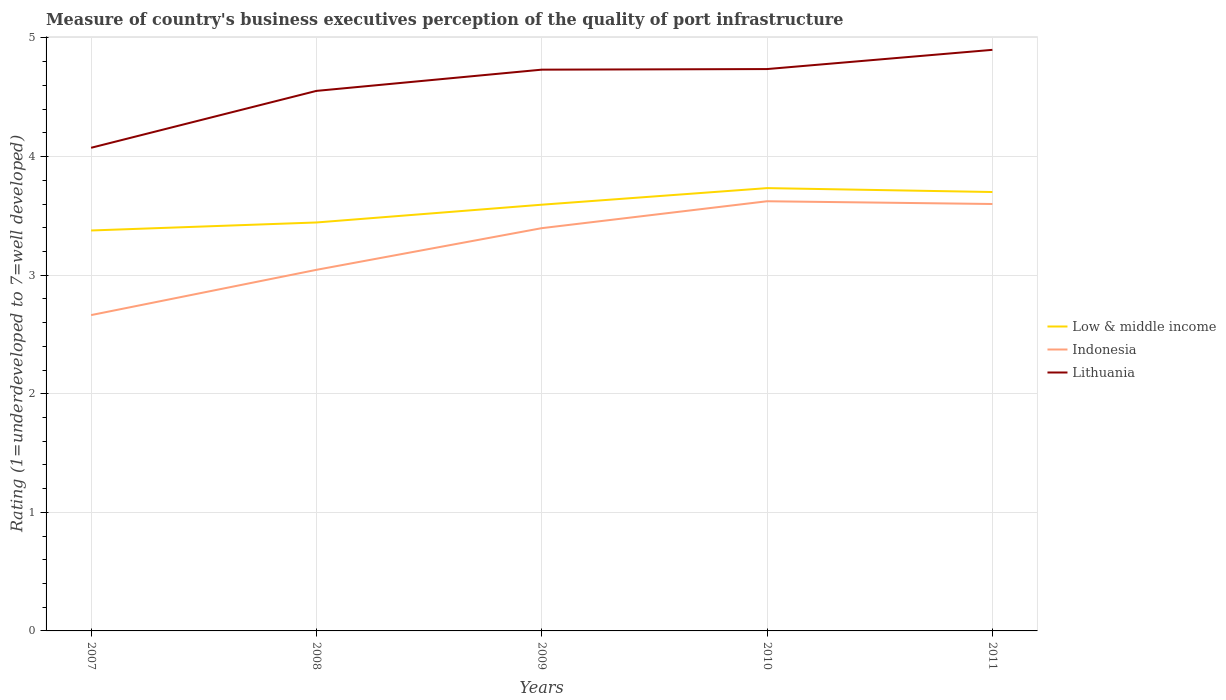
| Years | Low & middle income | Indonesia | Lithuania |
 | --- | --- | --- | --- |
 | 2007 | 3.38 | 2.66 | 4.07 |
 | 2008 | 3.44 | 3.04 | 4.55 |
 | 2009 | 3.59 | 3.4 | 4.73 |
 | 2010 | 3.73 | 3.62 | 4.74 |
 | 2011 | 3.7 | 3.6 | 4.9 |